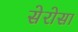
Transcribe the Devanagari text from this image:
सेरोसा